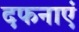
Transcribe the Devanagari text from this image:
दफनाएं